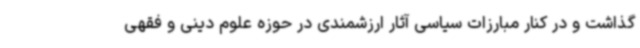
گذاشت و در کنار مبارزات سیاسی آثار ارزشمندی در حوزه علوم دینی و فقهی